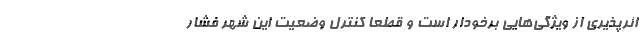
ائرپذیری از ویژگی‌هایی برخودار است و قطعا کنترل وضعیت این شهر فشار